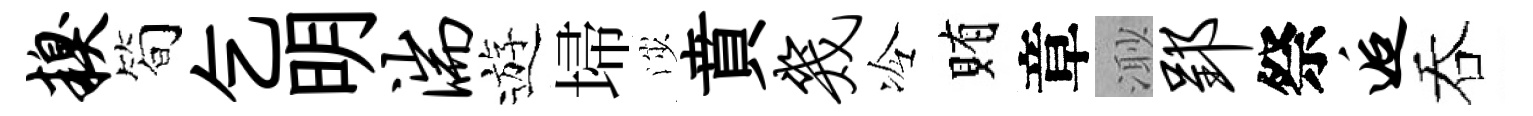
糗筍乞明湍遊埽渉賁几冷賄章𣺌郢祭逅吞